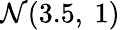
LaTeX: {\cal N}(3.5,\ 1)